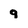
Character: 9